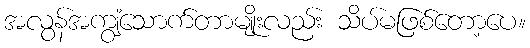
အလွန်အကျွံသောက်တာမျိုးလည်း သိပ်မဖြစ်တော့ပေ။